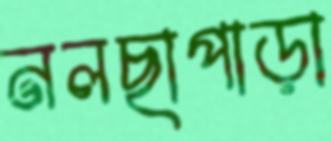
নলছাপাড়া